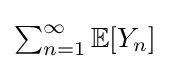
\textstyle \sum _{n=1}^{\infty }\mathbb {E} [Y_{n}]